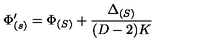
\Phi _ { ( s ) } ^ { \prime } = \Phi _ { ( S ) } + \frac { \Delta _ { ( S ) } } { ( D - 2 ) K }